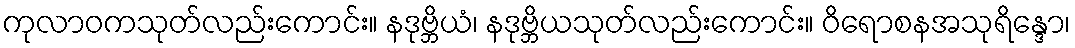
ကုလာဝကသုတ်လည်းကောင်း။ နဒုဗ္ဘိယံ၊ နဒုဗ္ဘိယသုတ်လည်းကောင်း။ ဝိရောစနအသုရိန္ဒော၊